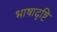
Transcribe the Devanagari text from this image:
भाषादृष्टि